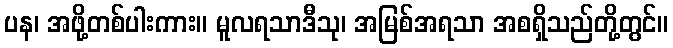
ပန၊ အဖို့တစ်ပါးကား။ မူလရသာဒီသု၊ အမြစ်အရသာ အစရှိသည်တို့တွင်။